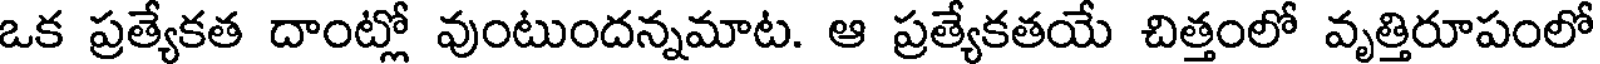
ఒక ప్రత్యేకత దాంట్లో వుంటుందన్నమాట. ఆ ప్రత్యేకతయే చిత్తంలో వృత్తిరూపంలో